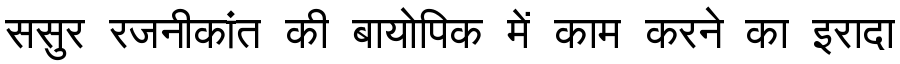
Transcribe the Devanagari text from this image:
ससुर रजनीकांत की बायोपिक में काम करने का इरादा